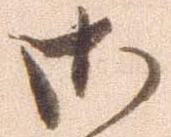
御